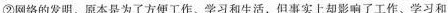
②网络的发明，原本是为了方便工作、学习和